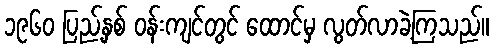
၁၉၆၀ ပြည့်နှစ် ဝန်းကျင်တွင် ထောင်မှ လွတ်လာခဲ့ကြသည်။